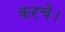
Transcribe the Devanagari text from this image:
करचे।